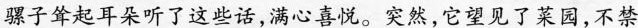
骡子耸起耳朵听了这些话，满心喜悦。突然，它望见了菜园，不禁